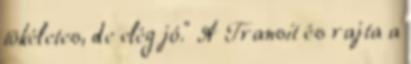
tökéletes, de elég jó.” A Transit és rajta a